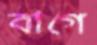
বাগে